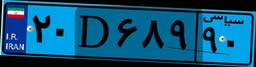
۲۹D۱۳۶۲۴